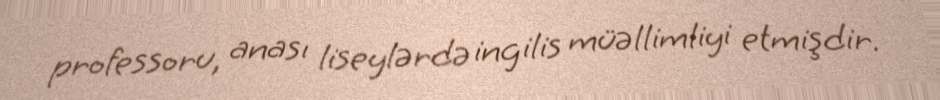
professoru, anası liseylərdə ingilis müəllimliyi etmişdir.